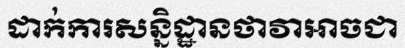
ដាក់ការសន្និដ្ឋានថាវាអាចជា